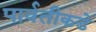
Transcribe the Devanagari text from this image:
पार्वतीकडे